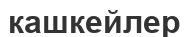
кашкейлер